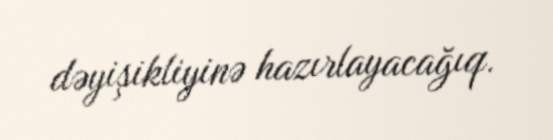
dəyişikliyinə hazırlayacağıq.